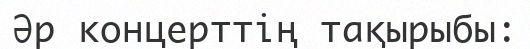
Әр концерттің тақырыбы: